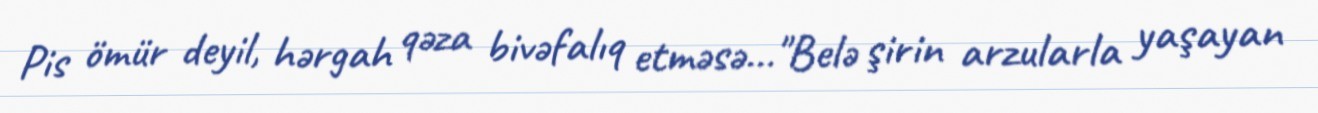
Pis ömür deyil, hərgah qəza bivəfalıq etməsə…"Belə şirin arzularla yaşayan